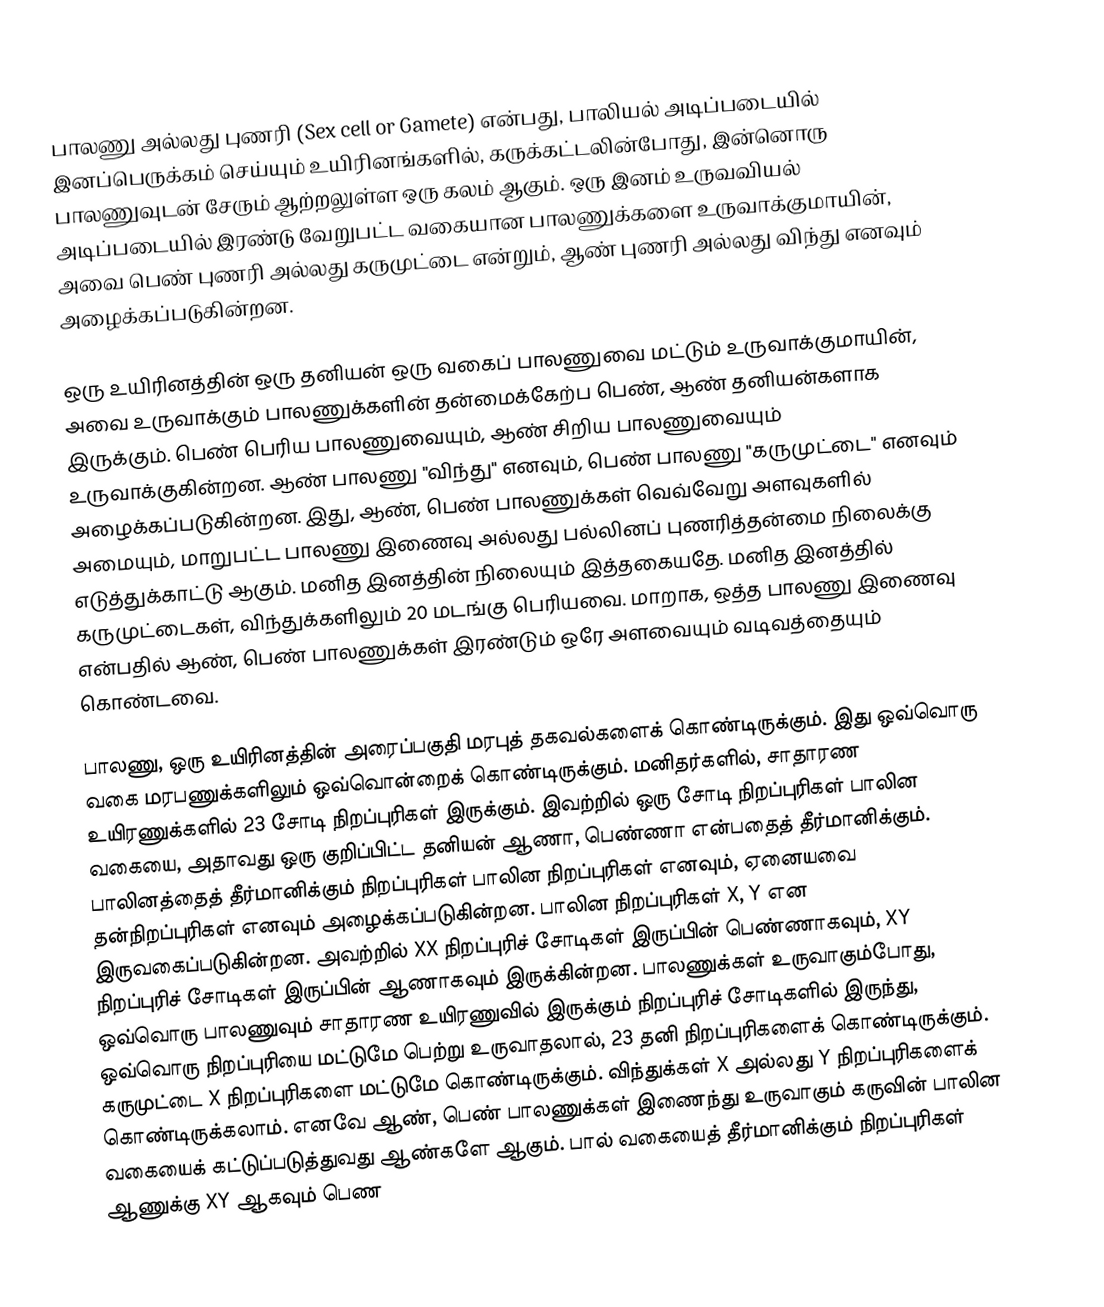
பாலணு அல்லது புணரி (Sex cell or Gamete) என்பது, பாலியல் அடிப்படையில் இனப்பெருக்கம் செய்யும் உயிரினங்களில், கருக்கட்டலின்போது, இன்னொரு பாலணுவுடன் சேரும் ஆற்றலுள்ள ஒரு கலம் ஆகும். ஒரு இனம் உருவவியல் அடிப்படையில் இரண்டு வேறுபட்ட வகையான பாலணுக்களை உருவாக்குமாயின், அவை பெண் புணரி அல்லது கருமுட்டை என்றும், ஆண் புணரி அல்லது விந்து எனவும் அழைக்கப்படுகின்றன.

ஒரு உயிரினத்தின் ஒரு தனியன் ஒரு வகைப் பாலணுவை மட்டும் உருவாக்குமாயின், அவை உருவாக்கும் பாலணுக்களின் தன்மைக்கேற்ப பெண், ஆண் தனியன்களாக இருக்கும். பெண் பெரிய பாலணுவையும், ஆண் சிறிய பாலணுவையும் உருவாக்குகின்றன. ஆண் பாலணு "விந்து" எனவும், பெண் பாலணு "கருமுட்டை" எனவும் அழைக்கப்படுகின்றன. இது, ஆண், பெண் பாலணுக்கள் வெவ்வேறு அளவுகளில் அமையும், மாறுபட்ட பாலணு இணைவு அல்லது பல்லினப் புணரித்தன்மை நிலைக்கு எடுத்துக்காட்டு ஆகும். மனித இனத்தின் நிலையும் இத்தகையதே. மனித இனத்தில் கருமுட்டைகள், விந்துக்களிலும் 20 மடங்கு பெரியவை. மாறாக, ஒத்த பாலணு இணைவு என்பதில் ஆண், பெண் பாலணுக்கள் இரண்டும் ஒரே அளவையும் வடிவத்தையும் கொண்டவை.

பாலணு, ஒரு உயிரினத்தின் அரைப்பகுதி மரபுத் தகவல்களைக் கொண்டிருக்கும். இது ஒவ்வொரு வகை மரபணுக்களிலும் ஒவ்வொன்றைக் கொண்டிருக்கும். மனிதர்களில், சாதாரண உயிரணுக்களில் 23 சோடி நிறப்புரிகள் இருக்கும். இவற்றில் ஒரு சோடி நிறப்புரிகள் பாலின வகையை, அதாவது ஒரு குறிப்பிட்ட தனியன் ஆணா, பெண்ணா என்பதைத் தீர்மானிக்கும். பாலினத்தைத் தீர்மானிக்கும் நிறப்புரிகள் பாலின நிறப்புரிகள் எனவும், ஏனையவை தன்நிறப்புரிகள் எனவும் அழைக்கப்படுகின்றன. பாலின நிறப்புரிகள் X, Y என இருவகைப்படுகின்றன. அவற்றில் XX நிறப்புரிச் சோடிகள் இருப்பின் பெண்ணாகவும், XY நிறப்புரிச் சோடிகள் இருப்பின் ஆணாகவும் இருக்கின்றன. பாலணுக்கள் உருவாகும்போது, ஒவ்வொரு பாலணுவும் சாதாரண உயிரணுவில் இருக்கும் நிறப்புரிச் சோடிகளில் இருந்து, ஒவ்வொரு நிறப்புரியை மட்டுமே பெற்று உருவாதலால், 23 தனி நிறப்புரிகளைக் கொண்டிருக்கும்.   கருமுட்டை X நிறப்புரிகளை மட்டுமே கொண்டிருக்கும். விந்துக்கள் X அல்லது Y நிறப்புரிகளைக் கொண்டிருக்கலாம். எனவே ஆண், பெண் பாலணுக்கள் இணைந்து உருவாகும் கருவின் பாலின வகையைக் கட்டுப்படுத்துவது ஆண்களே ஆகும். பால் வகையைத் தீர்மானிக்கும் நிறப்புரிகள் ஆணுக்கு XY ஆகவும் பெண